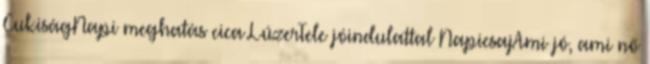
CukiságNapi meghatás cica LúzerTele jóindulattal NapicsajAmi jó, ami nő